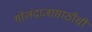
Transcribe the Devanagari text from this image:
गोलंदाजांसाठीची